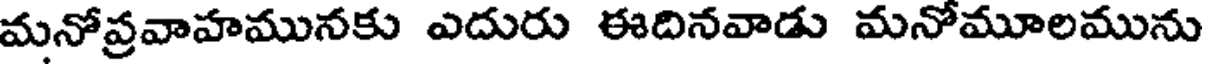
మనోప్రవాహమునకు ఎదురు ఈదినవాడు మనోమూలమును